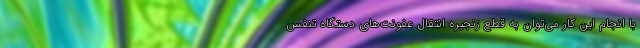
با انجام این کار می‌توان به قطع زنجیره انتقال عفونت‌های دستگاه تنفس